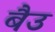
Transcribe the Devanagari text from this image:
बैउ